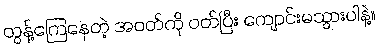
တွန့်ကြေနေတဲ့ အဝတ်ကို ဝတ်ပြီး ကျောင်းမသွားပါနဲ့။